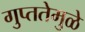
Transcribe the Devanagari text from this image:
गुप्ततेमुळे